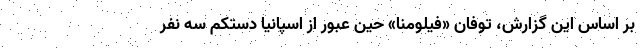
بر اساس این گزارش، توفان «فیلومنا» حین عبور از اسپانیا دستکم سه نفر